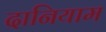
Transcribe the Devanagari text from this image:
दानियाम